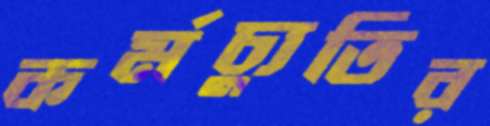
কর্মচ্যুতির